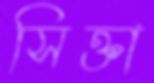
সিক্তা